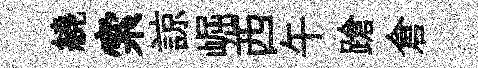
繞索諒崛西午蹌倉